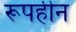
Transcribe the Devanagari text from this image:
रूपहीन